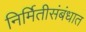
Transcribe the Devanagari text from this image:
निर्मितीसंबंधात